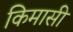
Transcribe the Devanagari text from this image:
किमासी